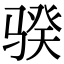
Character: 骙